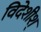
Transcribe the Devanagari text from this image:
विदेशीश्